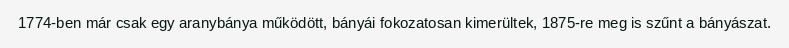
1774-ben már csak egy aranybánya működött, bányái fokozatosan kimerültek, 1875-re meg is szűnt a bányászat.